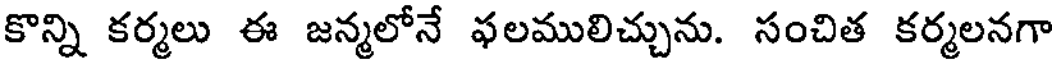
కొన్ని కర్మలు ఈ జన్మలోనే ఫలములిచ్చును. సంచిత కర్మలనగా